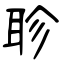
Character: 聄